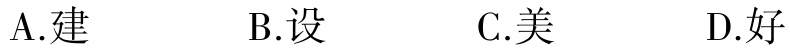
A.建  B.设  C.美  D.好